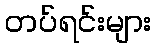
တပ်ရင်းများ